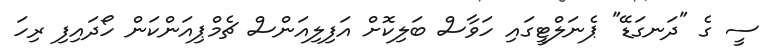
ސީ ގެ "ދަނގަޑޭ" ޕެނަލްޓީގައި ހަވާސް ބަލިކޮށް އަފިލިއަންސް ޗެމްޕިއަންކަން ހޯދައިފި ރިހަ